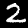
Digit: 2